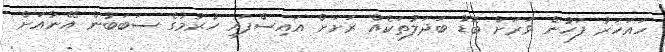
ހައަހަރު ފަހުން ވަރަށް ބޮޑު ބަދަލުތަކެއް ރަށަށް އައިސްފައި ހުރުމުގެ ސަބަބުން އޭނާއަށް